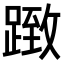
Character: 𨂤